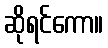
ဆိုရင်ကော။